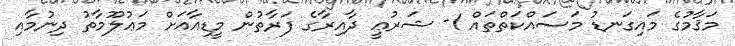
މަޤާމުގެ މައިގަނޑު މަސައްކަތްތައް 1- ޝަރުޢީ ދާއިރާގެ ފަރާތުން މީޑިއާއަށް މަޢުލޫމާތު ދިނުމާއި